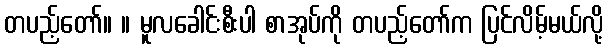
တပည့်တော်။ ။ မူလခေါင်းစီးပါ စာအုပ်ကို တပည့်တော်က ပြင်လိမ့်မယ်လို့